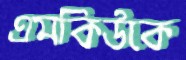
এমকিউকে